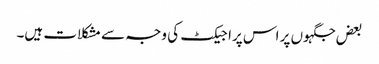
بعض جگہوں پر اس پراجیکٹ کی وجہ سے مشکلات ہیں۔